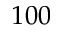
1 0 0